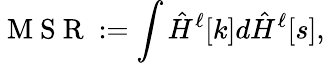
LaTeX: \mathrm{~M~S~R~}:=\int\hat{H}^{\ell}[k]d\hat{H}^{\ell}[s],